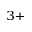
^ { 3 + }